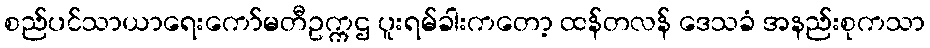
စည်ပင်သာယာရေးကော်မတီဥက္ကဌ ပူးရမ်ခါးကတော့ ထန်တလန် ဒေသခံ အနည်းစုကသာ